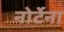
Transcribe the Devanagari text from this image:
नोर्टेना